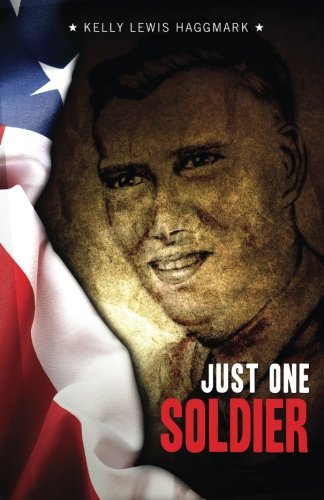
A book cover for Just One Soldier; Kelly Lewis Haggmark; Parenting & Relationships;